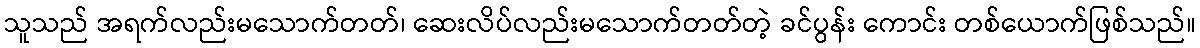
သူသည် အရက်လည်းမသောက်တတ်၊ ဆေးလိပ်လည်းမသောက်တတ်တဲ့ ခင်ပွန်း ကောင်း တစ်ယောက်ဖြစ်သည်။